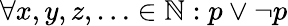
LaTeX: \forall x,y,z,\ldots\in\mathbb{N}:p\vee\neg p